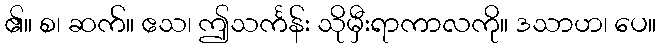
၏။ စ၊ ဆက်။ ဧသ၊ ဤသင်္ကန်း သိုမှီးရာကာလကို။ ဒသာဟ၊ ပေ။